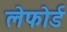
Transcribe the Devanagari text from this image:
लेफोर्ड